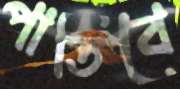
পাতিবে